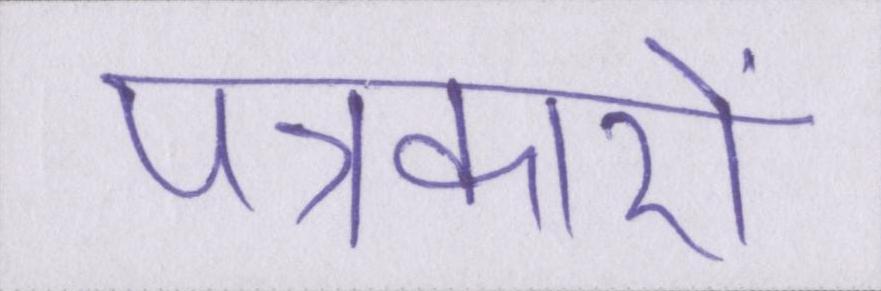
पत्रकारों